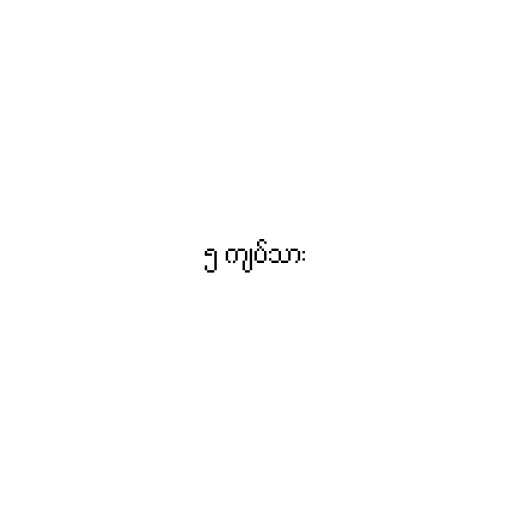
၅ ကျပ်သား